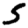
Digit: 5